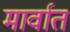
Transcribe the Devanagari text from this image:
मार्वात